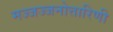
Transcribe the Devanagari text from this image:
मज्जज्जनोत्तारिणी